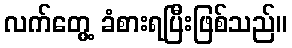
လက်တွေ့ ခံစားရပြီးဖြစ်သည်။